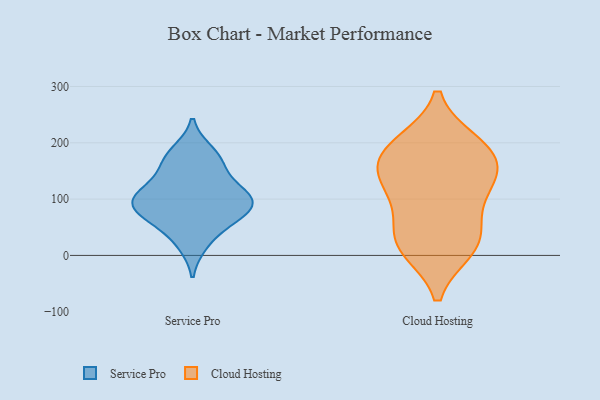
{"axis": {"x": "Budget (USD K)", "y": "Value"}, "legend": ["Cloud Hosting", "Service Pro"], "data": [{"x": "", "y": 54, "type": "Service Pro"}, {"x": "", "y": 109, "type": "Service Pro"}, {"x": "", "y": 109, "type": "Service Pro"}, {"x": "", "y": 20, "type": "Service Pro"}, {"x": "", "y": 117, "type": "Service Pro"}, {"x": "", "y": 74, "type": "Service Pro"}, {"x": "", "y": 89, "type": "Service Pro"}, {"x": "", "y": 170, "type": "Service Pro"}, {"x": "", "y": 93, "type": "Service Pro"}, {"x": "", "y": 184, "type": "Service Pro"}, {"x": "", "y": 155, "type": "Service Pro"}, {"x": "", "y": 76, "type": "Service Pro"}, {"x": "", "y": 31, "type": "Cloud Hosting"}, {"x": "", "y": 41, "type": "Cloud Hosting"}, {"x": "", "y": 13, "type": "Cloud Hosting"}, {"x": "", "y": 167, "type": "Cloud Hosting"}, {"x": "", "y": 97, "type": "Cloud Hosting"}, {"x": "", "y": 154, "type": "Cloud Hosting"}, {"x": "", "y": 198, "type": "Cloud Hosting"}, {"x": "", "y": 122, "type": "Cloud Hosting"}, {"x": "", "y": 12, "type": "Cloud Hosting"}, {"x": "", "y": 128, "type": "Cloud Hosting"}, {"x": "", "y": 177, "type": "Cloud Hosting"}, {"x": "", "y": 199, "type": "Cloud Hosting"}]}